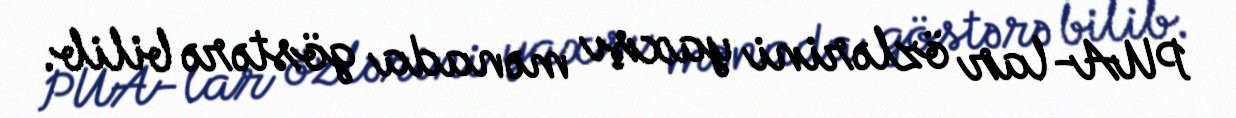
PUA-lar özlərini yaxşı mənada göstərə bilib.